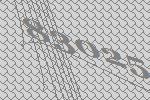
83025